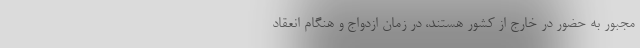
مجبور به حضور در خارج از کشور هستند، در زمان ازدواج و هنگام انعقاد